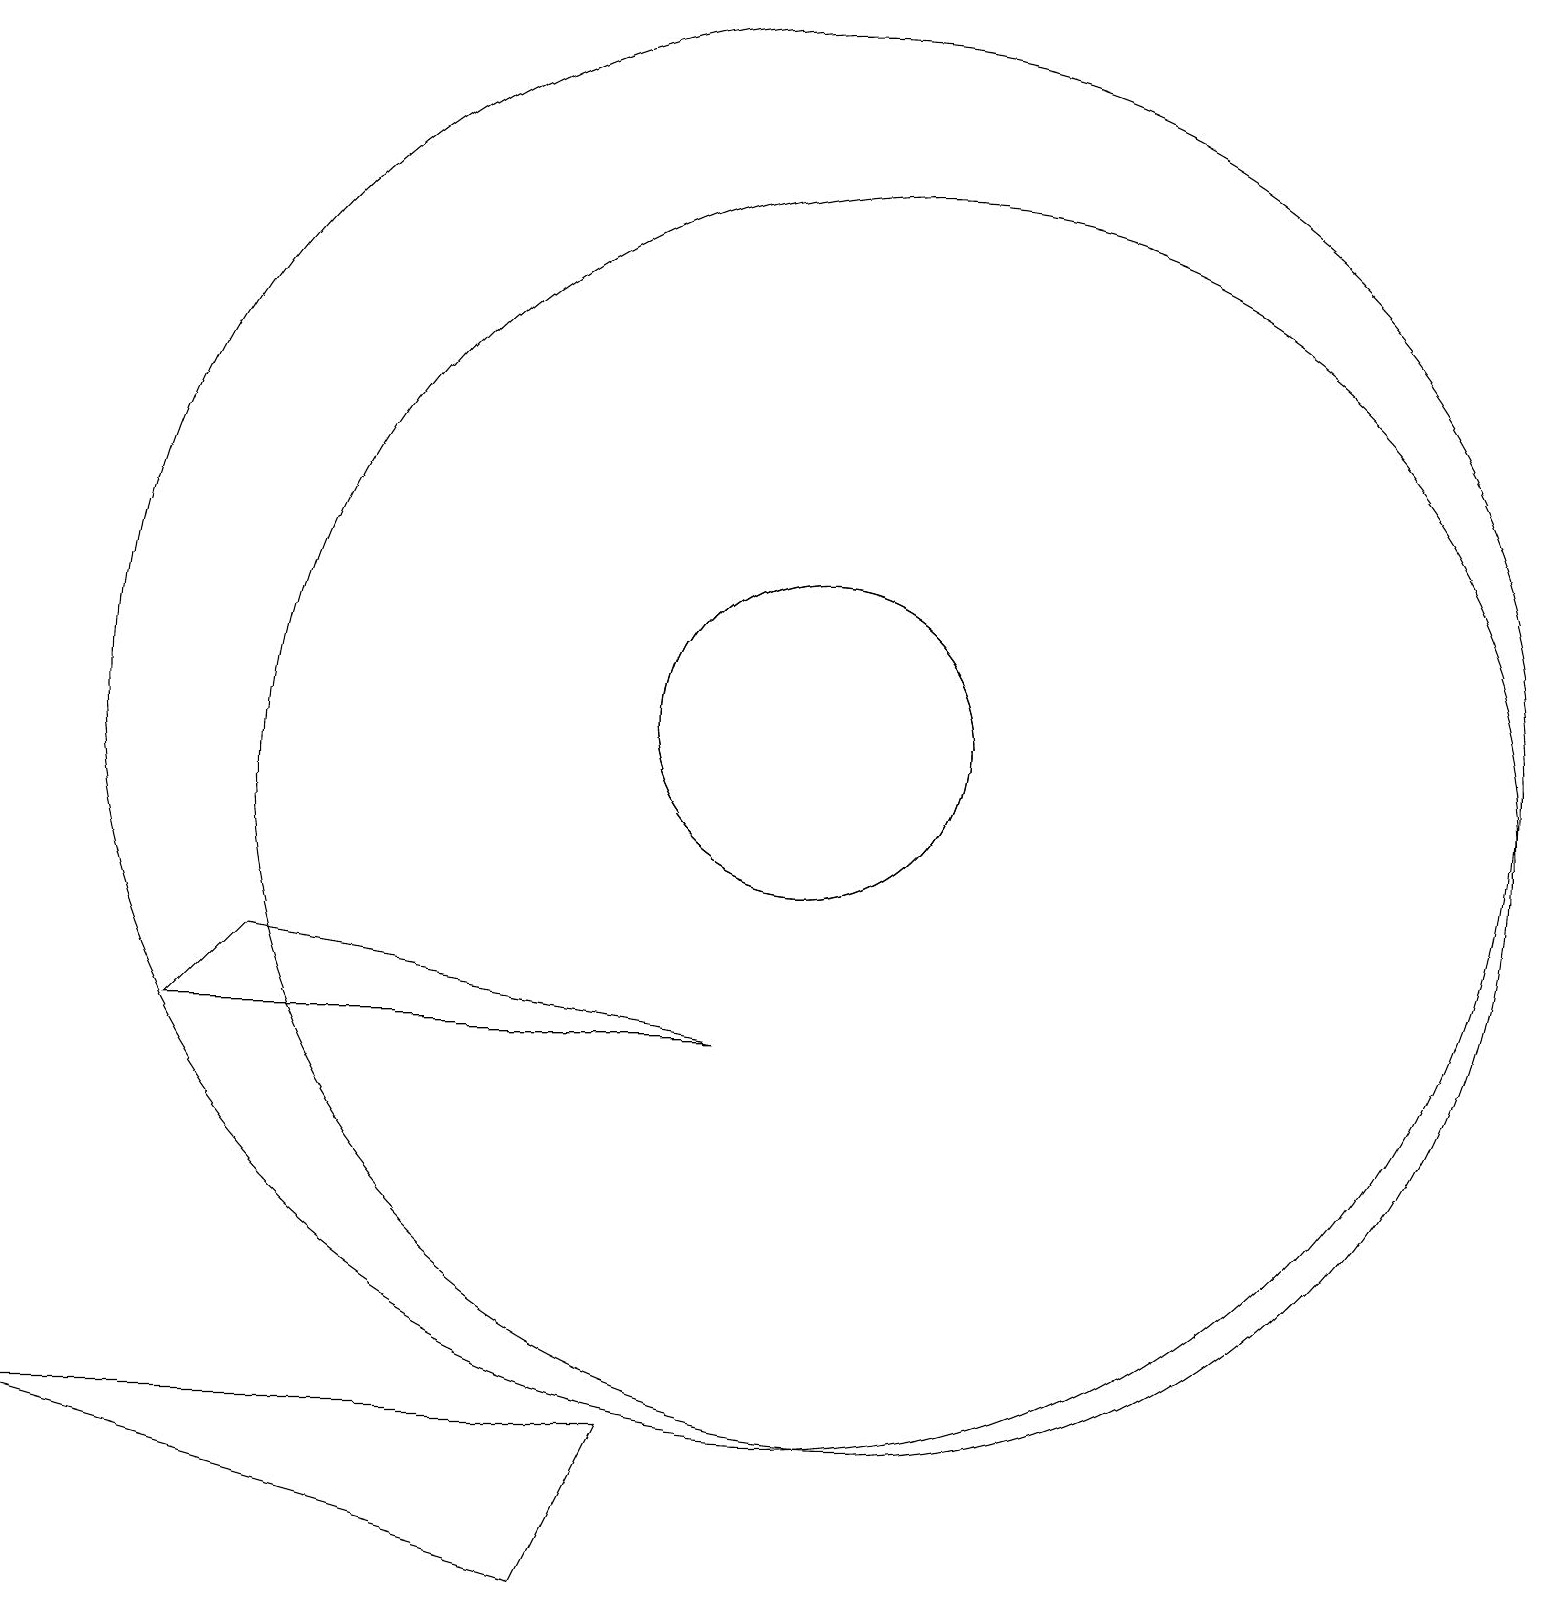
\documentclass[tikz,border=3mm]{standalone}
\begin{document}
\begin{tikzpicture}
\draw (10,11) circle (9);
\draw (10,11) circle (2);
\draw (9,7) -- (2,7) -- (3,8) -- cycle;
\draw (11,10) circle (8);
\draw (0,2) -- (8,2) -- (7,0) -- cycle;
\draw (10,11) circle (2);
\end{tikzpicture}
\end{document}